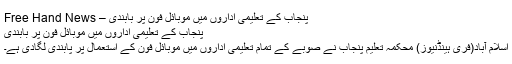
پنجاب کے تعلیمی اداروں میں موبائل فون پر بابندی – Free Hand News
پنجاب کے تعلیمی اداروں میں موبائل فون پر بابندی
اسلام آباد(فری ہینڈ‌نیوز) محکمہ تعلیم پنجاب نے صوبے کے تمام تعلیمی اداروں میں موبائل فون کے استعمال پر پابندی لگادی ہے۔